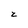
Character: z